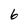
Character: 6